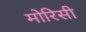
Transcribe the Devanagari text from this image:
मोरिसी